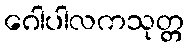
ဂေါပါလကသုတ္တ